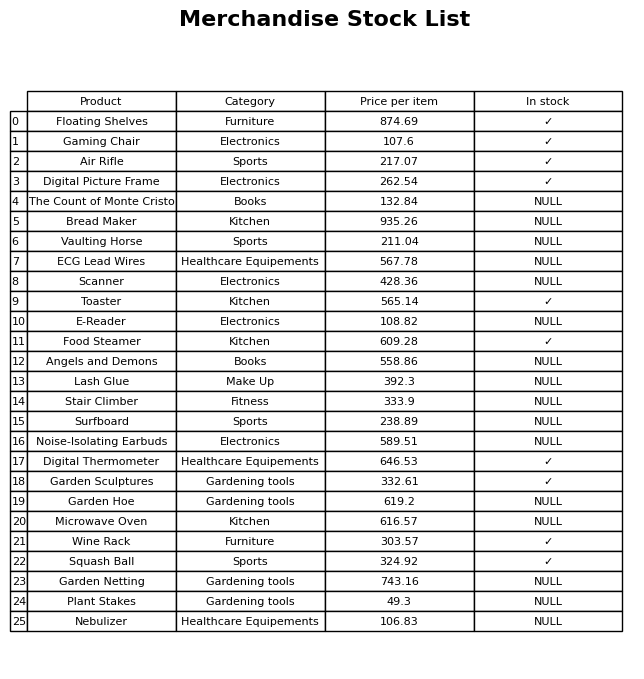
question: What is the price of the Stair Climber?
answer: The price of Stair Climber is 333.9.